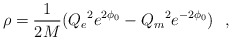
\begin{align*}\rho = \frac{1}{2 M} ({Q_e}^2 e^{2\phi_0} - {Q_m}^2 e^{-2\phi_0})~~,\end{align*}